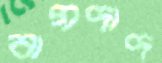
বাগদাদ